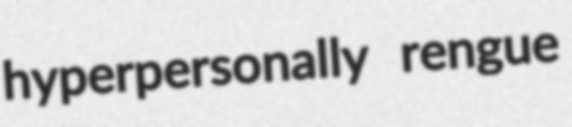
hyperpersonally rengue